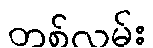
တစ်လမ်း